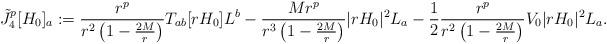
LaTeX: \begin{align*}\tilde{J}^p_4[H_0]_a:=\frac{r^p}{r^2\left(1-\frac{2M}{r}\right)}T_{ab}[rH_0]L^b-\frac{Mr^p}{r^3\left(1-\frac{2M}{r}\right)}|rH_0|^2L_a-\frac{1}{2}\frac{r^p}{r^2\left(1-\frac{2M}{r}\right)}V_0 |rH_0|^2L_a.\end{align*}